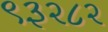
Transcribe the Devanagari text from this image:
९३२८२